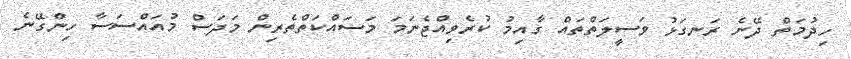
ހިދުމަތް ދޭނެ ރަނގަޅު ވަސީލަތްތައް ގާއިމު ކުރެވިއްޖެނަމަ މަސައްކަތްތެރިން މަދަސް މުއައްސަސާ ހިންގޭނެ